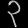
Digit: ၃